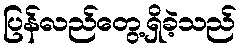
ပြန်လည်တွေ့ရှိခဲ့သည်